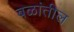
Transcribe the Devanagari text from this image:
बळांतील